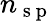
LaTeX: n_{\mathrm{~s~p~}}